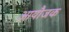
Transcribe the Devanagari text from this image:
आयौजक